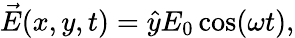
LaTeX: \begin{array}{r}{\vec{E}(x,y,t)=\hat{y}E_{0}\cos(\omega t),}\end{array}